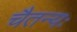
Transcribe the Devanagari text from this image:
चैतन्यः